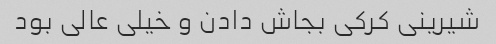
شیرینی کرکی بجاش دادن و خیلی عالی بود